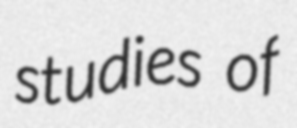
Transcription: studies of